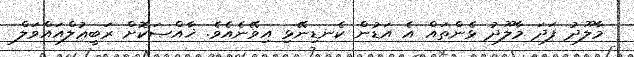
މާލޫދު ފަދަ މާލޫދު ޅެންތައް އެ އަޑުން ކެނޑިނޭޅި އިވޭނެއެވެ. ޚާއްޞަކޮށް ރަބީޢުލްއައްވަލް